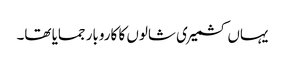
یہاں کشمیری شالوں کا کاروبار جمایا تھا۔